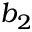
b _ { 2 }